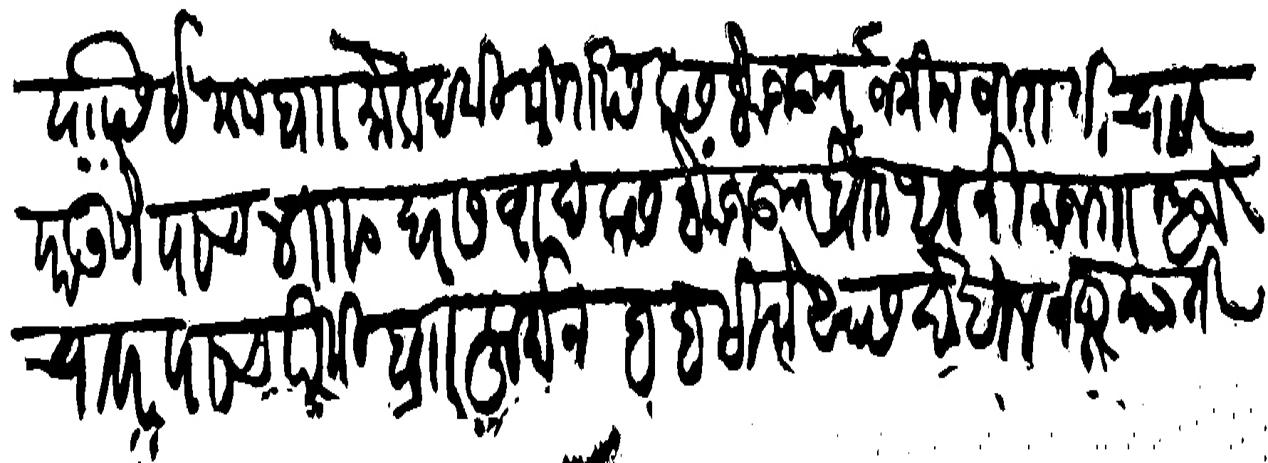
Transliteration (Devanagari): यासि इनाम बाा मोकदमी मीरासि कसबे मजकूर जमीन जिराती चावर पाउणेपाच ४ दर सवाद कसबे मजकूर घाट थल निमजगा अज चावर पाच पैकी बाा फर्मान हद सिके खास देखील नख्तयाती